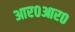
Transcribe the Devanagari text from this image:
आर०आर०